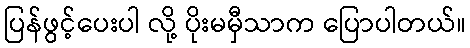
ပြန်ဖွင့်ပေးပါ လို့ ပိုးမမှီသာက ပြောပါတယ်။